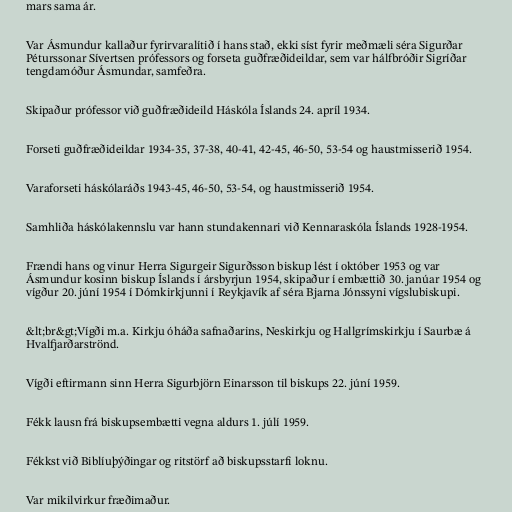
mars sama ár.

Var Ásmundur kallaður fyrirvaralítið í hans stað, ekki síst fyrir meðmæli séra Sigurðar
Péturssonar Sívertsen prófessors og forseta guðfræðideildar, sem var hálfbróðir Sigríðar
tengdamóður Ásmundar, samfeðra.

Skipaður prófessor við guðfræðideild Háskóla Íslands 24. apríl 1934.

Forseti guðfræðideildar 1934-35, 37-38, 40-41, 42-45, 46-50, 53-54 og haustmisserið 1954.

Varaforseti háskólaráðs 1943-45, 46-50, 53-54, og haustmisserið 1954.

Samhliða háskólakennslu var hann stundakennari við Kennaraskóla Íslands 1928-1954.

Frændi hans og vinur Herra Sigurgeir Sigurðsson biskup lést í október 1953 og var
Ásmundur kosinn biskup Íslands í ársbyrjun 1954, skipaður í embættið 30. janúar 1954 og
vígður 20. júní 1954 í Dómkirkjunni í Reykjavík af séra Bjarna Jónssyni vígslubiskupi.

&lt;br&gt;Vígði m.a. Kirkju óháða safnaðarins, Neskirkju og Hallgrímskirkju í Saurbæ á
Hvalfjarðarströnd.

Vígði eftirmann sinn Herra Sigurbjörn Einarsson til biskups 22. júní 1959.

Fékk lausn frá biskupsembætti vegna aldurs 1. júlí 1959.

Fékkst við Biblíuþýðingar og ritstörf að biskupsstarfi loknu.

Var mikilvirkur fræðimaður.